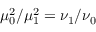
\mu _ { 0 } ^ { 2 } / \mu _ { 1 } ^ { 2 } = \nu _ { 1 } / \nu _ { 0 }